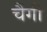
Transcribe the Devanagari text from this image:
चैंगी